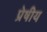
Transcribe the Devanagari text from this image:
प्रेषीय